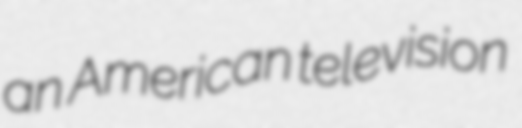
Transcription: an American television